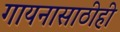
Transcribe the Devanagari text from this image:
गायनासाठीही